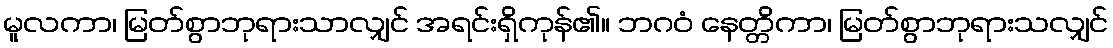
မူလကာ၊ မြတ်စွာဘုရားသာလျှင် အရင်းရှိကုန်၏။ ဘဂဝံ နေတ္တိကာ၊ မြတ်စွာဘုရားသလျှင်